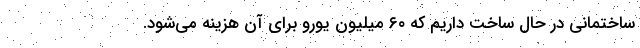
ساختمانی در حال ساخت داریم که ۶۰ میلیون یورو برای آن هزینه می‌شود.